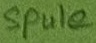
Text: Spule